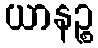
ယာနဉ္စ